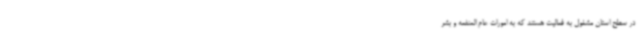
در سطح استان مشغول به فعالیت هستند که به امورات عام المنفعه و بشر